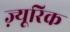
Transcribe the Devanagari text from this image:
ज़्यूरिक